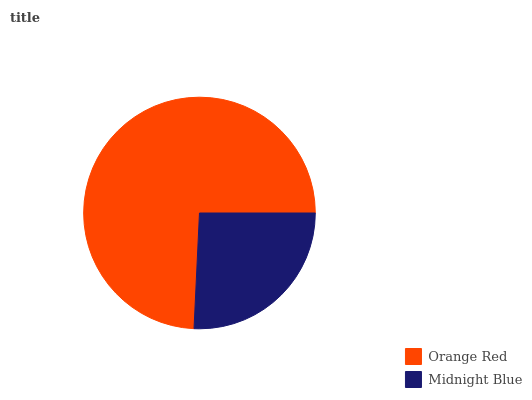
| Orange Red | Midnight Blue |
 | --- | --- |
 | 74.2% | 25.8% |